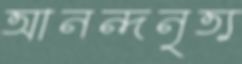
আনন্দনৃত্য